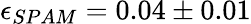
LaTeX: \epsilon_{SPAM}=0.04\pm 0.01